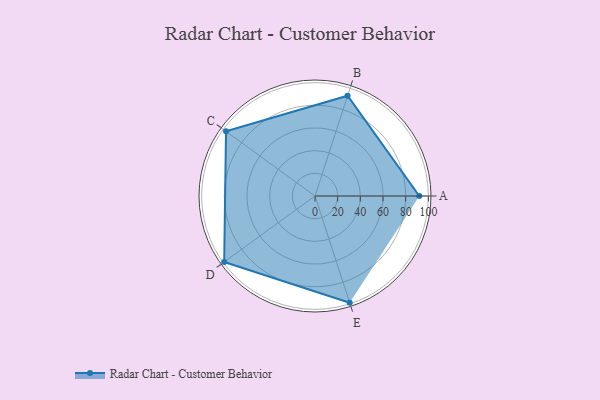
{"axis": {"x": "Skill", "y": "Score"}, "legend": ["Profile"], "data": [{"x": "A", "y": 92.0, "type": "Profile"}, {"x": "B", "y": 93.0, "type": "Profile"}, {"x": "C", "y": 97.0, "type": "Profile"}, {"x": "D", "y": 99.0, "type": "Profile"}, {"x": "E", "y": 99, "type": "Profile"}]}